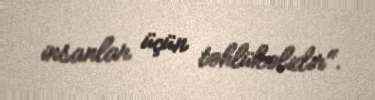
insanlar üçün təhlükəlidir".